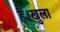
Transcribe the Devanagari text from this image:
है।खुला